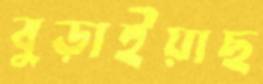
বুড়াইয়াছ